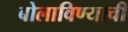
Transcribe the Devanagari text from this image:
बोलाविण्याची